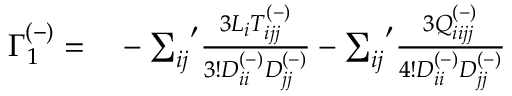
\begin{array} { r l } { \Gamma _ { 1 } ^ { ( - ) } = } & { { } - { \sum _ { i j } } ^ { \prime } \frac { 3 L _ { i } T _ { i j j } ^ { ( - ) } } { 3 ! D _ { i i } ^ { ( - ) } D _ { j j } ^ { ( - ) } } - { \sum _ { i j } } ^ { \prime } \frac { 3 Q _ { i i j j } ^ { ( - ) } } { 4 ! D _ { i i } ^ { ( - ) } D _ { j j } ^ { ( - ) } } } \end{array}